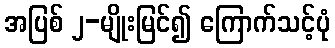
အပြစ် ၂-မျိုးမြင်၍ ကြောက်သင့်ပုံ